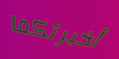
أخبرتكما